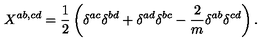
X ^ { a b , c d } = \frac { 1 } { 2 } \left( \delta ^ { a c } \delta ^ { b d } + \delta ^ { a d } \delta ^ { b c } - \frac { 2 } { m } \delta ^ { a b } \delta ^ { c d } \right) .